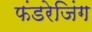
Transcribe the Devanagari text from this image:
फंडरेजिंग